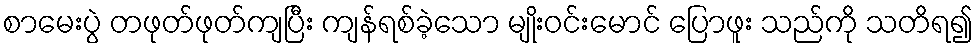
စာမေးပွဲ တဖုတ်ဖုတ်ကျပြီး ကျန်ရစ်ခဲ့သော မျိုးဝင်းမောင် ပြောဖူး သည်ကို သတိရ၍